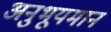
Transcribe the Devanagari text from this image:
अनुभूयमान